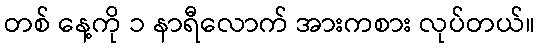
တစ် နေ့ကို ၁ နာရီလောက် အားကစား လုပ်တယ်။